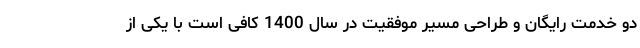
دو خدمت رایگان و طراحی مسیر موفقیت در سال 1400 کافی است با یکی از